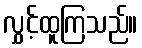
လွှင့်ထူကြသည်။